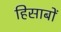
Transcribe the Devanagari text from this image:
हिसाबों